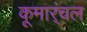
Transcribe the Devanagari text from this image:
कूमार्ंचल